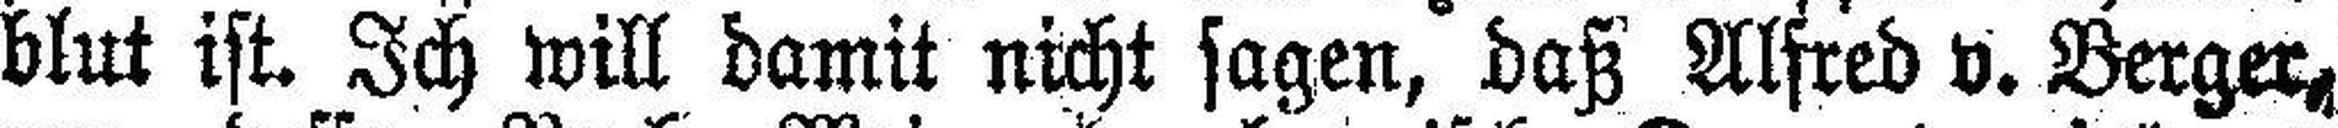
blut ist. Ich will damit nicht sagen, daß Alfred v. Berger,